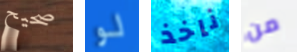
صحيح لو ناخذ من